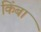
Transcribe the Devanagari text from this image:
किंबा